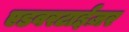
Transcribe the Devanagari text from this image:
एडवरटाईज़र